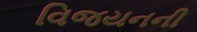
વિજયનની